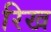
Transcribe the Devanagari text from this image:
रिख